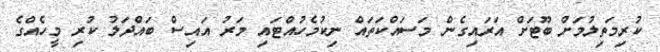
ކުރިމަތިލުމަށް ބޫޓަށް އަރައިގެން މަސައްކަތައް ނިކުމެހުއްޓައި މަރު އައިސް ބައްދަލު ކުރި މީހެއްގެ